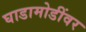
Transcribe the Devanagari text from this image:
घाडामोडींवर